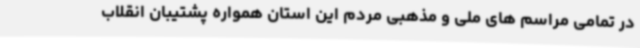
در تمامی مراسم های ملی و مذهبی مردم این استان همواره پشتیبان انقلاب